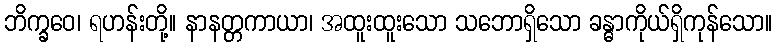
ဘိက္ခဝေ၊ ရဟန်းတို့။ နာနတ္တကာယာ၊ အထူးထူးသော သဘောရှိသော ခန္ဓာကိုယ်ရှိကုန်သော။